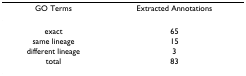
| GO Terms | Extracted Annotations |
 | --- | --- |
 | exact | 65 |
 | same lineage | 15 |
 | different lineage | 3 |
 | total | 83 |